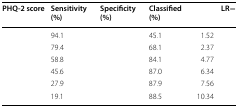
<table><thead><tr><td><b>PHQ-2 score</b></td><td><b>Sensitivity (%)</b></td><td><b>Specificity (%)</b></td><td><b>Classified (%)</b></td><td>[EMPTY_CELL]</td><td><b>LR−</b></td></tr></thead><tbody><tr><td>[EMPTY_CELL]</td><td>94.1</td><td>[EMPTY_CELL]</td><td>45.1</td><td>1.52</td><td>[EMPTY_CELL]</td></tr><tr><td>[EMPTY_CELL]</td><td>79.4</td><td>[EMPTY_CELL]</td><td>68.1</td><td>2.37</td><td>[EMPTY_CELL]</td></tr><tr><td>[EMPTY_CELL]</td><td>58.8</td><td>[EMPTY_CELL]</td><td>84.1</td><td>4.77</td><td>[EMPTY_CELL]</td></tr><tr><td>[EMPTY_CELL]</td><td>45.6</td><td>[EMPTY_CELL]</td><td>87.0</td><td>6.34</td><td>[EMPTY_CELL]</td></tr><tr><td>[EMPTY_CELL]</td><td>27.9</td><td>[EMPTY_CELL]</td><td>87.9</td><td>7.56</td><td>[EMPTY_CELL]</td></tr><tr><td>[EMPTY_CELL]</td><td>19.1</td><td>[EMPTY_CELL]</td><td>88.5</td><td>10.34</td><td>[EMPTY_CELL]</td></tr></tbody></table>